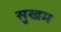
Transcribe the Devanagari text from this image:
सुखम